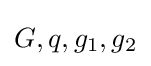
G,q,g_{1},g_{2}